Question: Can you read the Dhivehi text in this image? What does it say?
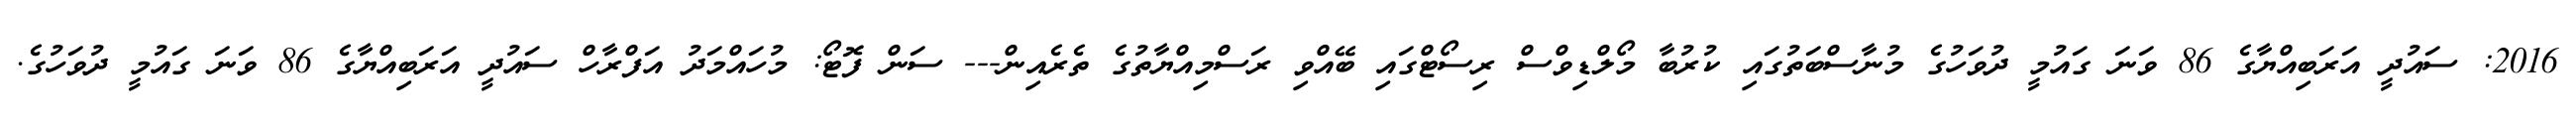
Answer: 2016: ސައުދީ އަރަބިއްޔާގެ 86 ވަނަ ގައުމީ ދުވަހުގެ މުނާސްބަތުގައި ކުރުބާ މޯލްޑިވްސް ރިސޯޓްގައި ބޭއްވި ރަސްމިއްޔާތުގެ ތެރެއިން--- ސަން ފޮޓޯ: މުހައްމަދު އަފްރާހް ސައުދީ އަރަބިއްޔާގެ 86 ވަނަ ގައުމީ ދުވަހުގެ.